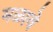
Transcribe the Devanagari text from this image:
मळावे